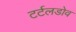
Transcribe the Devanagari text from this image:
टर्टलडोव